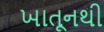
ખાતૂનથી